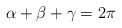
\begin{align*}\alpha + \beta + \gamma = 2\pi\end{align*}